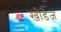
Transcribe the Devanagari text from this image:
खोडेज